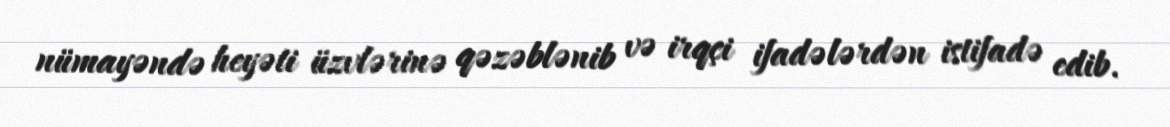
nümayəndə heyəti üzvlərinə qəzəblənib və irqçi ifadələrdən istifadə edib.